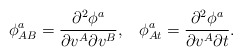
\begin{align*}\phi _{AB}^a=\frac{\partial ^2\phi ^a}{\partial v^A\partial v^B},\;\;\;\phi_{At}^a=\frac{\partial ^2\phi ^a}{\partial v^A\partial t}.\end{align*}